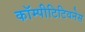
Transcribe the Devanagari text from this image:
कॉम्पीटिटिवनेस